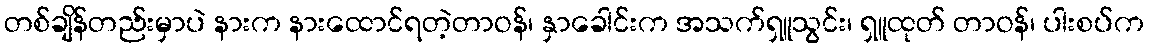
တစ်ချိန်တည်းမှာပဲ နားက နားထောင်ရတဲ့တာဝန်၊ နှာခေါင်းက အသက်ရှူသွင်း၊ ရှူထုတ် တာဝန်၊ ပါးစပ်က